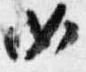
如